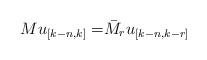
LaTeX: \begin{align*}Mu_{[k-n,k]}=&\bar{M}_ru_{[k-n,k-r]}\end{align*}